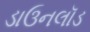
ડાઉનલૉડ